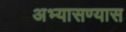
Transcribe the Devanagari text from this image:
अभ्यासण्यास